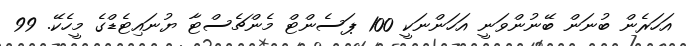
އަހަރެން ބުނަން ބޭނުންވަނީ އަހަންނަކީ 100 ޕަސެންޓް މެންޗެސްޓާ ޔުނައިޓެޑްގެ މީހެކޭ. 99